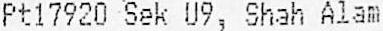
PT17920 SEK U9, SHAH ALAM